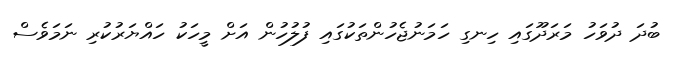
ބުދަ ދުވަހު މަރަދޫގައި ހިނގި ހަމަނުޖެހުންތަކުގައި ފުލުހުން އަށް މީހަކު ހައްޔަރުކުރި ނަމަވެސް